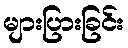
များပြားခြင်း